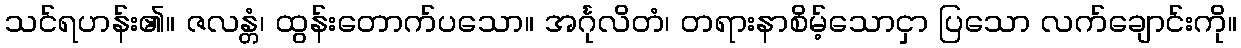
သင်ရဟန်း၏။ ဇလန္တံ၊ ထွန်းတောက်ပသော။ အင်္ဂုလိတံ၊ တရားနာစိမ့်သောငှာ ပြသော လက်ချောင်းကို။